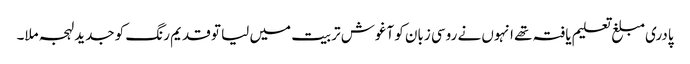
پادری مبلغ تعلیم یافتہ تھے انہوں نے روسی زبان کو آغوش تربیت میں لیا تو قدیم رنگ کو جدید لہجہ ملا۔